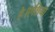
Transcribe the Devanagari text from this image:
है।एशिया